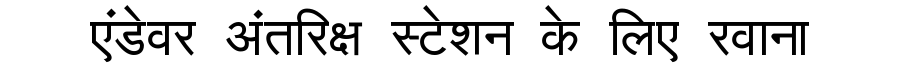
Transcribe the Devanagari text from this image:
एंडेवर अंतरिक्ष स्टेशन के लिए रवाना